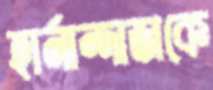
হার্নান্দাজকে